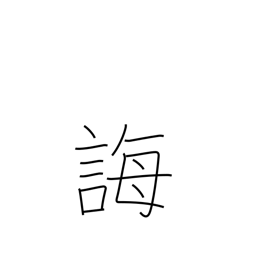
Meaning: instruct